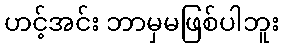
ဟင့်အင်း ဘာမှမဖြစ်ပါဘူး